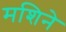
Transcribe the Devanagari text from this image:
मशिने